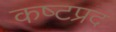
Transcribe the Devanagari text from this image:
कष्‍टप्रद